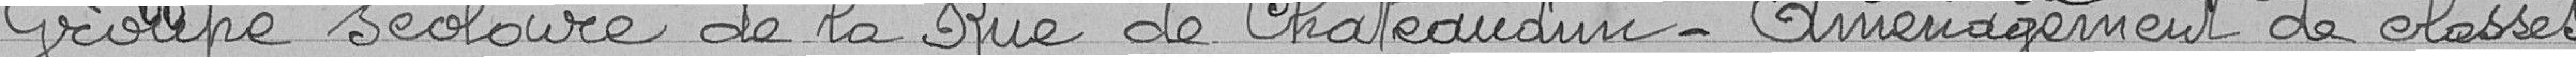
Groupe scolaire de la rue de Chateaudun -  Aménagement de classes